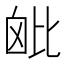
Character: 𣬈